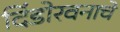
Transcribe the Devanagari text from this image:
दिंडोरवनाचे